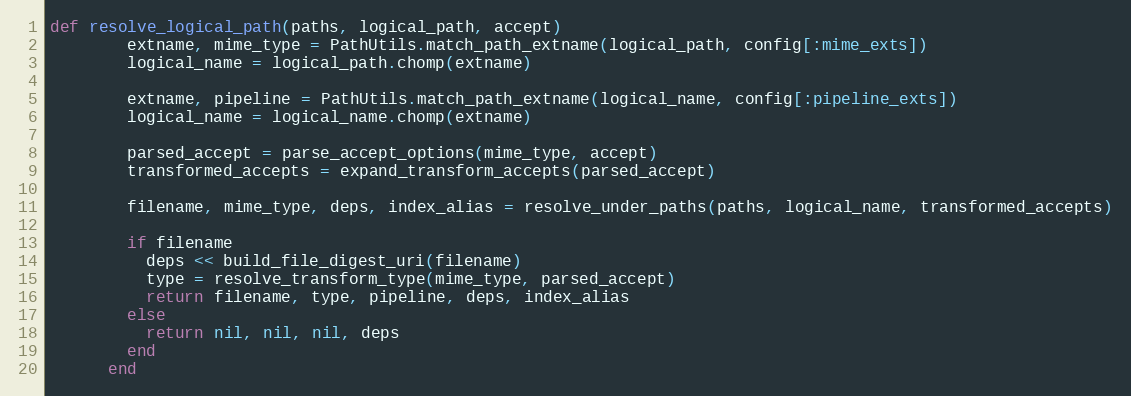
Language: Ruby
def resolve_logical_path(paths, logical_path, accept)
        extname, mime_type = PathUtils.match_path_extname(logical_path, config[:mime_exts])
        logical_name = logical_path.chomp(extname)

        extname, pipeline = PathUtils.match_path_extname(logical_name, config[:pipeline_exts])
        logical_name = logical_name.chomp(extname)

        parsed_accept = parse_accept_options(mime_type, accept)
        transformed_accepts = expand_transform_accepts(parsed_accept)

        filename, mime_type, deps, index_alias = resolve_under_paths(paths, logical_name, transformed_accepts)

        if filename
          deps << build_file_digest_uri(filename)
          type = resolve_transform_type(mime_type, parsed_accept)
          return filename, type, pipeline, deps, index_alias
        else
          return nil, nil, nil, deps
        end
      end